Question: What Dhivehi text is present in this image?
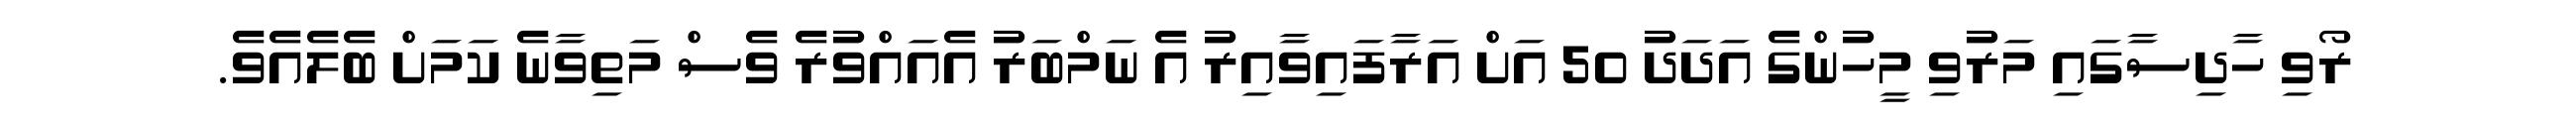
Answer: ރޯވި ހާދިސާގައި މަރުވި މީހުންގެ އަދަދު 50 އަށް އަރާފައިވާއިރު އެ ނަމްބަރު އެއައްވުރެ ވެސް މަތިވާނެ ކަމަށް ބެލެއެވެ.